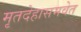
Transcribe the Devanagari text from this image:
मृतदेहासमवेत